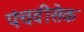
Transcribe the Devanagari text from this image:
पंचवीसेक